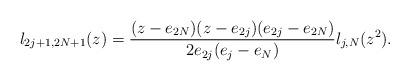
LaTeX: \begin{align*}l_{2j+1,2N+1}(z)=\frac{(z-e_{2N})(z-e_{2j})(e_{2j}-e_{2N})}{2e_{2j}(e_j-e_N)}l_{j,N}(z^2).\\\end{align*}